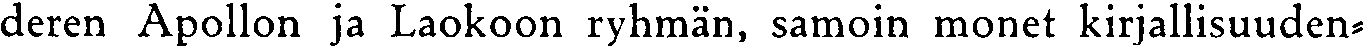
deren Apollon ja Laokoon ryhmän, samoin monet kirjallisuuden-